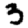
Digit: 3